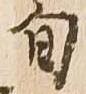
旬